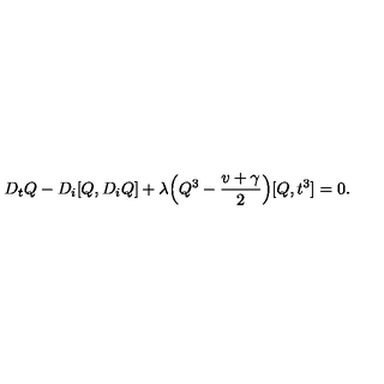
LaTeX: D _ { t } Q - D _ { i } [ Q , D _ { i } Q ] + { \lambda } \Big ( Q ^ { 3 } - \frac { v + \gamma } { 2 } \Big ) [ Q , t ^ { 3 } ] = 0 .